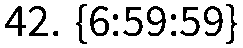
42. {6:59:59}